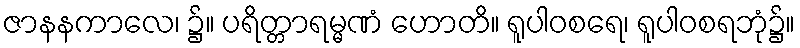
ဇာနနကာလေ၊ ၌။ ပရိတ္တာရမ္မဏံ ဟောတိ။ ရူပါဝစရေ၊ ရူပါဝစရဘုံ၌။